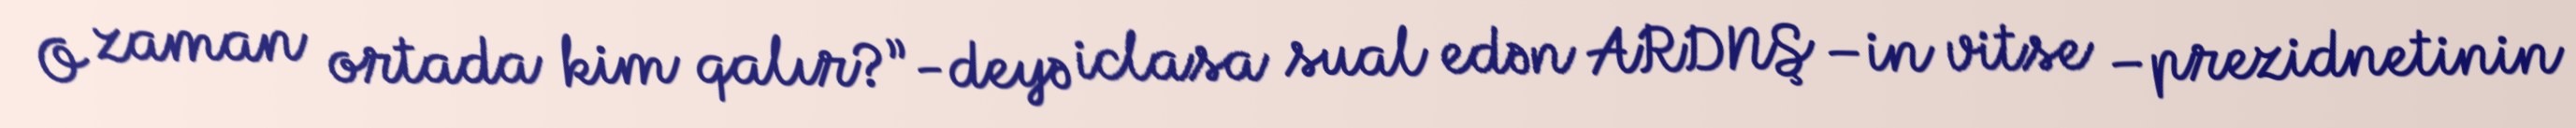
O zaman ortada kim qalır?”-deyə iclasa sual edən ARDNŞ –in vitse –prezidnetinin